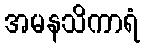
အမနသိကာရံ